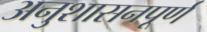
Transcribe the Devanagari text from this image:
अनुशासनपूर्ण